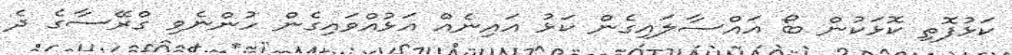
ކަޅުފޮތި ކޮޅަކުން ބޯ އައްސާލައިގެން ކަޅު އައިނެއް އަޅުއްވައިގެން ހުންނެވި ގްރޭސާގެ ދެ